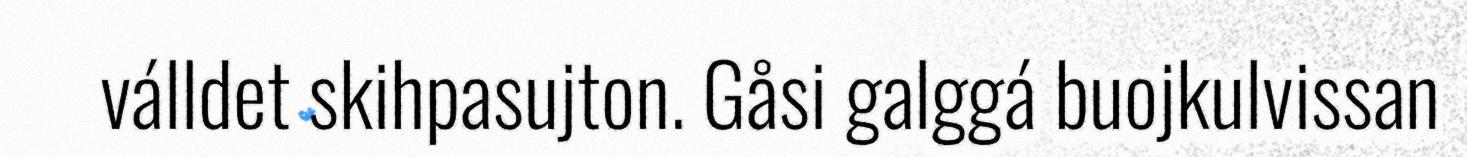
válldet skihpasujton. Gåsi galggá buojkulvissan